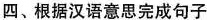
四、根据汉语意思完成句子